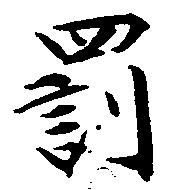
罰